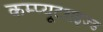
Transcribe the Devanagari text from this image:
कम्प्यूटराइज्ड